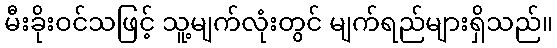
မီးခိုးဝင်သဖြင့် သူ့မျက်လုံးတွင် မျက်ရည်များရှိသည်။